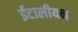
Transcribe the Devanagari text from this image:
ईटालीयन